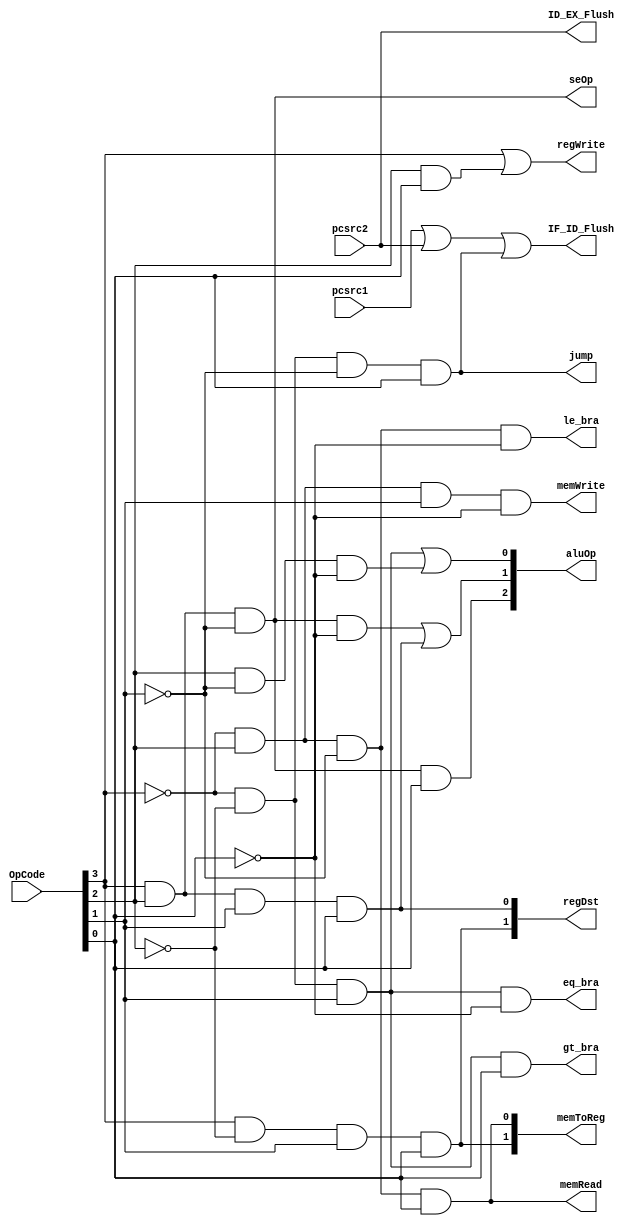
`timescale 1ns / 1ps
//////////////////////////////////////////////////////////////////////////////////
// Mississippi State University
// ECE 4713 Computer Architecture
// 
// Module Name:    Control
// Project Name:   RISC_PROC
// Tool versions:  Xilinx ISE 12.4
// Description: 
//
// Dependencies: 
//
// Revision: 
// Revision 0.01 - File Created
// Additional Comments: 
//
//////////////////////////////////////////////////////////////////////////////////
module Control(OpCode,pcsrc1,pcsrc2,regDst,gt_bra,le_bra,eq_bra,memRead,memToReg,aluOp,memWrite,
					regWrite,jump,seOp,IF_ID_Flush,ID_EX_Flush);

//Inputs
input [3:0] OpCode;
input pcsrc1,pcsrc2;

//Outputs
output [1:0] regDst;
output gt_bra,le_bra,eq_bra;
output memRead;
output [1:0] memToReg;
output [2:0] aluOp;
output memWrite;
output regWrite;
output jump;
output seOp;
output IF_ID_Flush,ID_EX_Flush;

wire a,b,c,d;

assign a = OpCode[3];
assign b = OpCode[2];
assign c = OpCode[1];
assign d = OpCode[0];

assign regDst[0] = (a & b & c & d);

assign regDst[1] = (a & ~b & c & d);

assign gt_bra = (~a & ~b & c & d);

assign le_bra = (~a & b & ~c & ~d);		

assign eq_bra = (~a & ~b & c & ~d);		

assign memRead = (~a & b & ~c & d);
					 
assign memToReg[0] = (~a & b & ~c & d);
							
assign memToReg[1] = (a & ~b & c & d);

assign aluOp[0] = (~a & ~b & c)			
					  |
					  (b & ~c & ~d);
					  
assign aluOp[1] = (a & b & ~c & ~d)		
						|
						(a & b & c & d);
						
assign aluOp[2] = (a & b & ~c & d);
		
assign memWrite = (~a & b & c & ~d);	//problem
		
assign regWrite = (a) |  (b & d);	//problem
		
assign jump = (~a & ~b & ~c & d);
		
assign seOp = (a & b & ~c);		//problem

assign IF_ID_Flush = pcsrc1 | pcsrc2 | (~a & ~b & ~c & d);

assign ID_EX_Flush = pcsrc2;

endmodule